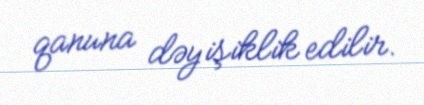
qanuna dəyişiklik edilir.